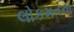
લોકમતના